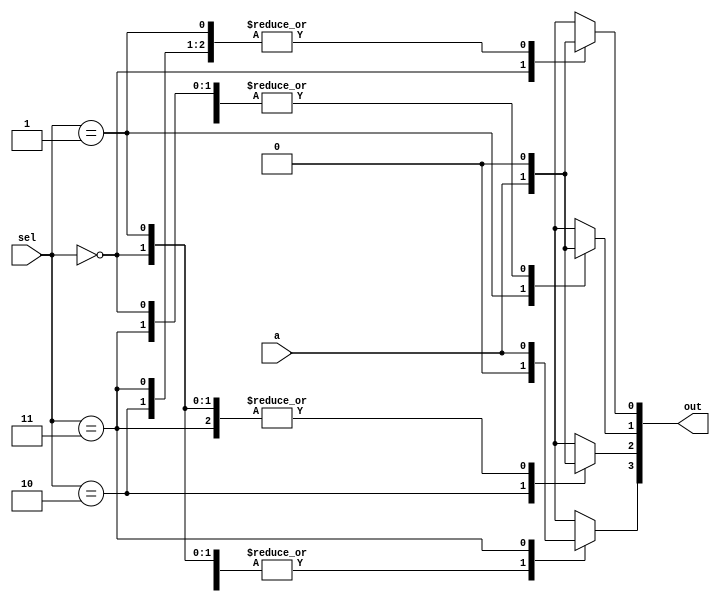
//MODULOS
module DEMUX1A4(a,sel,out);
input a;
input [1:0] sel;
output reg [3:0] out;

//ASIGNACIONES
always@(a,sel)
begin
	case(sel)
		0: 
		begin
			out[0]=a;
			out[3:1]=0;
		end
		1:	
		begin
			out[0]=0;
			out[1]=a;
			out[3:2]=0;
		end
		2: 
		begin
			out[1:0]=0;
			out[2]=a;
			out[3]=0;
		end
		3: 
		begin
			out[2:0]=0;
			out[3]=a;
		end
		default: out=0;
	endcase
end
endmodule